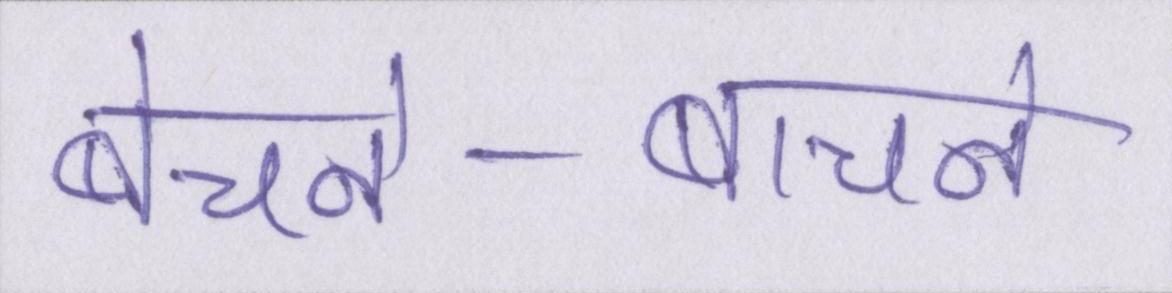
बेचने-बाचने